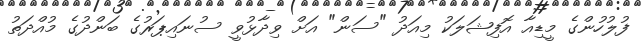
ފުލުހުންގެ މީޑިއާ އޮފިޝަލަކު މިއަދު "ސަން" އަށް ވިދާޅުވީ ސުނައިޕަރުގެ ބަންދުގެ މުއްދަތު